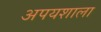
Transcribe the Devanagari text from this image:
अपयशाला